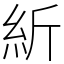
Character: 紤